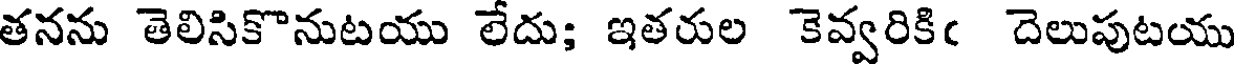
తనను తెలిసికొనుటయు లేదు; ఇతరుల కెవ్వరికిఁ దెలుపుటయు